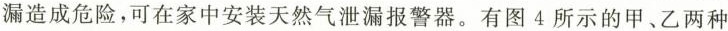
漏造成危险，可在家中安装天然气泄漏报警器。有图4所示的甲。乙两种